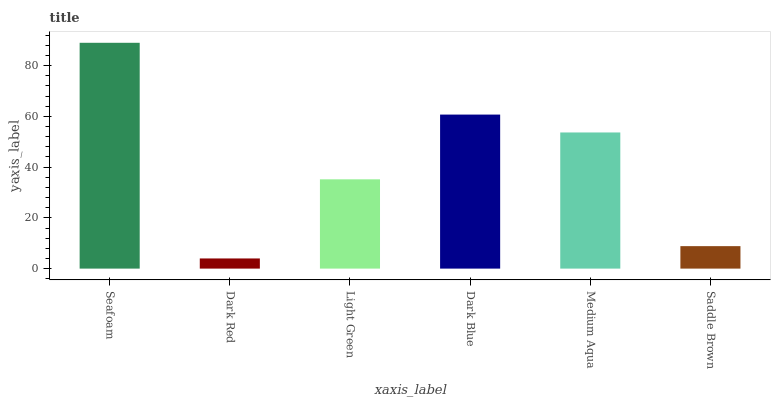
| xaxis_label | bars |
 | --- | --- |
 | Seafoam | 89 |
 | Dark Red | 4 |
 | Light Green | 35.2 |
 | Dark Blue | 60.7 |
 | Medium Aqua | 53.7 |
 | Saddle Brown | 8.86 |